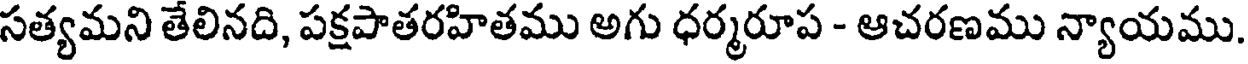
సత్యమని తేలినది, పక్షపాతరహితము అగు ధర్మరూప - ఆచరణము న్యాయము.